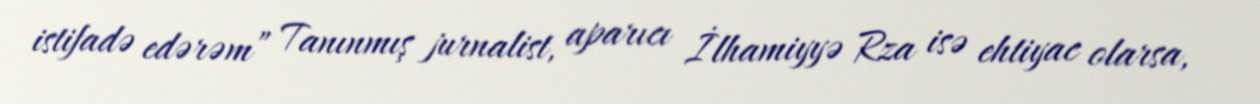
istifadə edərəm” Tanınmış jurnalist, aparıcı İlhamiyyə Rza isə ehtiyac olarsa,